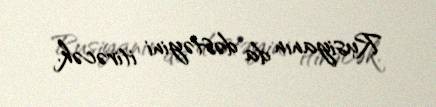
Rusiyanın da dəstəyini itirəcək.